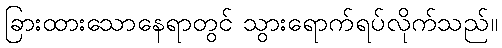
ခြားထားသောနေရာတွင် သွားရောက်ရပ်လိုက်သည်။